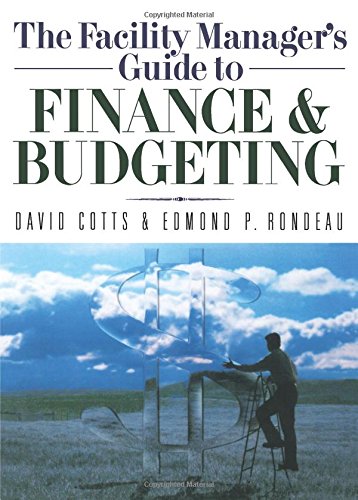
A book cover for The Facility Manager's Guide to Finance and Budgeting; David G. Cotts PE  CFM; Business & Money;